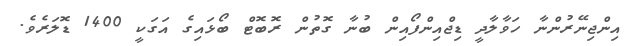
އިންޖިނޭރުންނާ ހަވާލާދީ ޑިޖްއިިންފޯއިން ބުނާ ގޮތުން ރޮބޮޓް ބޯޅައިގެ އަގަކީ 1400 ޑޮލަރެވެ.